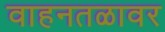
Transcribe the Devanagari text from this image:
वाहनतळावर